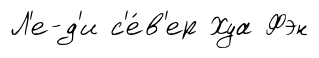
Л'е-д'и с'е́в'ер Хуа Фэн